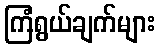
ကြံရွယ်ချက်များ